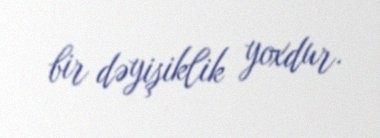
bir dəyişiklik yoxdur.